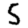
Digit: 5